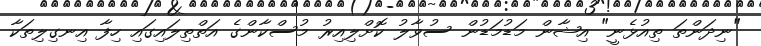
"ނިދަންތަ ތިއުޅެނީ" އިޝާން މަޑުމަޑުން ސުވާލު ކޮށްލިއިރު މުސްކާންގެ އަތްތިލައިގައި ހިފާ އިނގިލިތަކާ